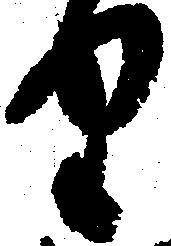
り